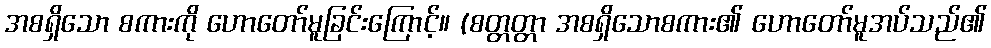
အစရှိသော စကားကို ဟောတော်မူခြင်းကြောင့်။ (စတ္တတ္တာ အစရှိသောစကား၏ ဟောတော်မူအပ်သည်၏